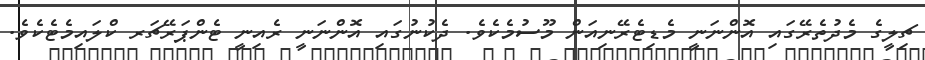
ޗިލީގެ މެދުތެރޭގައި އޮންނަނީ މެޑިޓެރޭނިއަން މޫސުމެކެވެ. ދެކުނުގައި އޮންނަނީ ރެއިނީ ޓެންޕަރޭޗަރ ކްލައިމެޓެކެވެ.